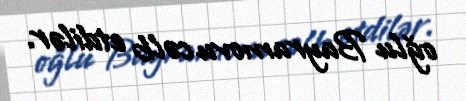
oğlu Bayramovu cəlb etdilər.